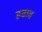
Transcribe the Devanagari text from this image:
हबाब